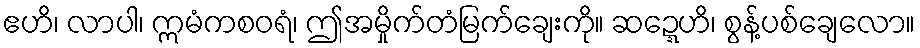
ဧဟိ၊ လာပါ၊ ဣမံကစဝရံ၊ ဤအမှိုက်တံမြက်ချေးကို။ ဆဍ္ဍေဟိ၊ စွန့်ပစ်ချေလော။